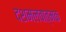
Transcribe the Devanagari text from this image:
दशमलवात्मक